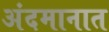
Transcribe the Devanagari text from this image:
अंदमानात